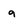
Character: a